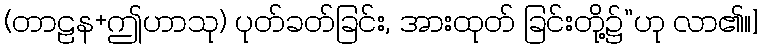
(တာဠန+ဤဟာသု) ပုတ်ခတ်ခြင်း, အားထုတ် ခြင်းတို့၌”ဟု လာ၏။]